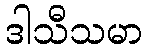
ဒါသီသမာ